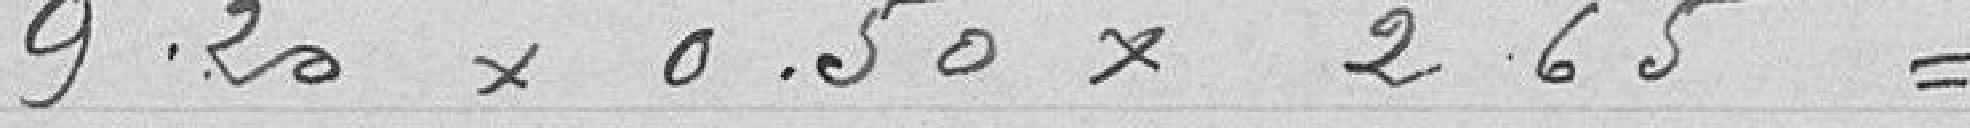
9,20 x 0,50 x 2,65 =